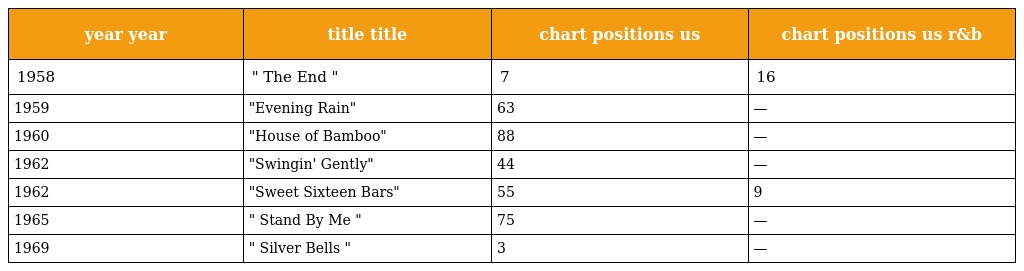
| year year | title title | chart positions us | chart positions us r&b |
 | --- | --- | --- | --- |
 | 1958 | " The End " | 7 | 16 |
 | 1959 | "Evening Rain" | 63 | — |
 | 1960 | "House of Bamboo" | 88 | — |
 | 1962 | "Swingin' Gently" | 44 | — |
 | 1962 | "Sweet Sixteen Bars" | 55 | 9 |
 | 1965 | " Stand By Me " | 75 | — |
 | 1969 | " Silver Bells " | 3 | — |